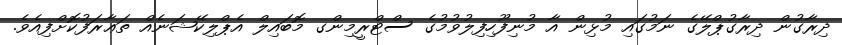
ދިރާގުން ދިރާގުޕްލޭގެ ނަމުގައި މުޅިން އާ މުނިފޫހިފިލުވުމުގެ ސްޓްރީމިންގ މޮބައިލް އެޕްލިކޭޝަނެއް ތަޢާރަފުކޮށްފިއެވެ.